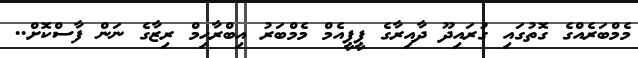
މެމްބަރެއްގެ ގޮތުގައި ގުރައިދޫ ދާއިރާގެ ޕީޕީއެމް މެމްބަރު އިބްރާހިމް ރިޒާގެ ނަން ފާސްކޮށް..